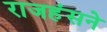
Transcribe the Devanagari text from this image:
राजहंसने